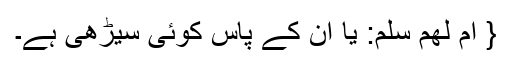
{ اَمْ لَهُمْ سُلَّمٌ: یا ان کے پاس کوئی سیڑھی ہے۔